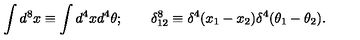
\int d ^ { 8 } x \equiv \int d ^ { 4 } x d ^ { 4 } \theta ; \qquad \delta _ { 1 2 } ^ { 8 } \equiv \delta ^ { 4 } ( x _ { 1 } - x _ { 2 } ) \delta ^ { 4 } ( \theta _ { 1 } - \theta _ { 2 } ) .